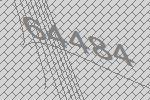
64484